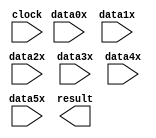
// megafunction wizard: %PARALLEL_ADD%VBB%
// GENERATION: STANDARD
// VERSION: WM1.0
// MODULE: parallel_add 

// ============================================================
// Megafunction Name(s):
// 			parallel_add
//
// Simulation Library Files(s):
// 			altera_mf
// ============================================================
// ************************************************************
// THIS IS A WIZARD-GENERATED FILE. DO NOT EDIT THIS FILE!
//
// 16.1.0 Build 196 10/24/2016 SJ Lite Edition
// ************************************************************

//Copyright (C) 2016  Intel Corporation. All rights reserved.
//Your use of Intel Corporation's design tools, logic functions 
//and other software and tools, and its AMPP partner logic 
//functions, and any output files from any of the foregoing 
//(including device programming or simulation files), and any 
//associated documentation or information are expressly subject 
//to the terms and conditions of the Intel Program License 
//Subscription Agreement, the Intel Quartus Prime License Agreement,
//the Intel MegaCore Function License Agreement, or other 
//applicable license agreement, including, without limitation, 
//that your use is for the sole purpose of programming logic 
//devices manufactured by Intel and sold by Intel or its 
//authorized distributors.  Please refer to the applicable 
//agreement for further details.

module G_get (
	clock,
	data0x,
	data1x,
	data2x,
	data3x,
	data4x,
	data5x,
	result);

	input	  clock;
	input	[10:0]  data0x;
	input	[10:0]  data1x;
	input	[10:0]  data2x;
	input	[10:0]  data3x;
	input	[10:0]  data4x;
	input	[10:0]  data5x;
	output	[13:0]  result;
`ifndef ALTERA_RESERVED_QIS
// synopsys translate_off
`endif
	tri0	  clock;
`ifndef ALTERA_RESERVED_QIS
// synopsys translate_on
`endif

endmodule

// ============================================================
// CNX file retrieval info
// ============================================================
// Retrieval info: PRIVATE: INTENDED_DEVICE_FAMILY STRING "MAX 10"
// Retrieval info: PRIVATE: SYNTH_WRAPPER_GEN_POSTFIX STRING "0"
// Retrieval info: LIBRARY: altera_mf altera_mf.altera_mf_components.all
// Retrieval info: CONSTANT: MSW_SUBTRACT STRING "NO"
// Retrieval info: CONSTANT: PIPELINE NUMERIC "1"
// Retrieval info: CONSTANT: REPRESENTATION STRING "SIGNED"
// Retrieval info: CONSTANT: RESULT_ALIGNMENT STRING "LSB"
// Retrieval info: CONSTANT: SHIFT NUMERIC "0"
// Retrieval info: CONSTANT: SIZE NUMERIC "6"
// Retrieval info: CONSTANT: WIDTH NUMERIC "11"
// Retrieval info: CONSTANT: WIDTHR NUMERIC "14"
// Retrieval info: USED_PORT: clock 0 0 0 0 INPUT GND "clock"
// Retrieval info: USED_PORT: data0x 0 0 11 0 INPUT NODEFVAL "data0x[10..0]"
// Retrieval info: USED_PORT: data1x 0 0 11 0 INPUT NODEFVAL "data1x[10..0]"
// Retrieval info: USED_PORT: data2x 0 0 11 0 INPUT NODEFVAL "data2x[10..0]"
// Retrieval info: USED_PORT: data3x 0 0 11 0 INPUT NODEFVAL "data3x[10..0]"
// Retrieval info: USED_PORT: data4x 0 0 11 0 INPUT NODEFVAL "data4x[10..0]"
// Retrieval info: USED_PORT: data5x 0 0 11 0 INPUT NODEFVAL "data5x[10..0]"
// Retrieval info: USED_PORT: result 0 0 14 0 OUTPUT NODEFVAL "result[13..0]"
// Retrieval info: CONNECT: @clock 0 0 0 0 clock 0 0 0 0
// Retrieval info: CONNECT: @data 0 0 11 0 data0x 0 0 11 0
// Retrieval info: CONNECT: @data 0 0 11 11 data1x 0 0 11 0
// Retrieval info: CONNECT: @data 0 0 11 22 data2x 0 0 11 0
// Retrieval info: CONNECT: @data 0 0 11 33 data3x 0 0 11 0
// Retrieval info: CONNECT: @data 0 0 11 44 data4x 0 0 11 0
// Retrieval info: CONNECT: @data 0 0 11 55 data5x 0 0 11 0
// Retrieval info: CONNECT: result 0 0 14 0 @result 0 0 14 0
// Retrieval info: GEN_FILE: TYPE_NORMAL G_get.v TRUE
// Retrieval info: GEN_FILE: TYPE_NORMAL G_get.inc FALSE
// Retrieval info: GEN_FILE: TYPE_NORMAL G_get.cmp FALSE
// Retrieval info: GEN_FILE: TYPE_NORMAL G_get.bsf FALSE
// Retrieval info: GEN_FILE: TYPE_NORMAL G_get_inst.v FALSE
// Retrieval info: GEN_FILE: TYPE_NORMAL G_get_bb.v TRUE
// Retrieval info: LIB_FILE: altera_mf